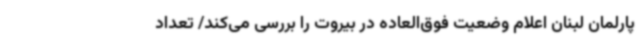
پارلمان لبنان اعلام وضعیت فوق‌العاده در بیروت را بررسی می‌کند/ تعداد